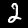
Digit: 2